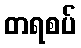
တရစပ်